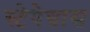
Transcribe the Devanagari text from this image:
स्टेपेग्रास